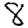
Digit: 8